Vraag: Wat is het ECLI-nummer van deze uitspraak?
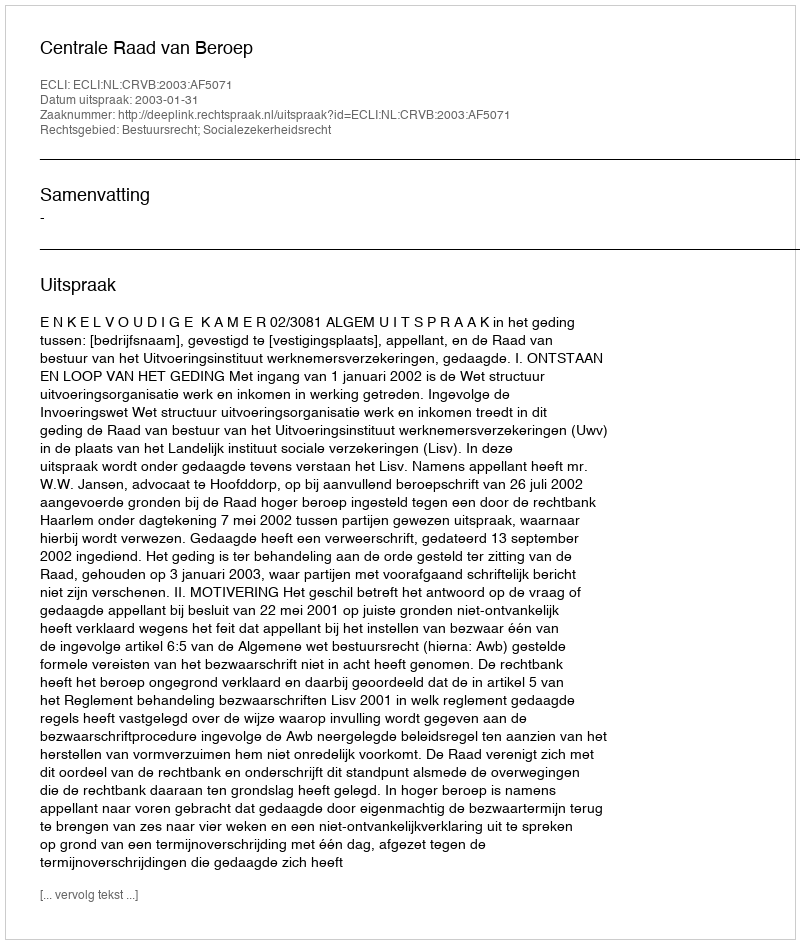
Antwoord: ECLI:NL:CRVB:2003:AF5071